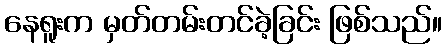
နေရူးက မှတ်တမ်းတင်ခဲ့ခြင်း ဖြစ်သည်။